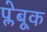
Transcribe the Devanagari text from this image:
प्लेबूक